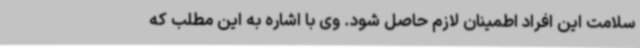
سلامت این افراد اطمینان لازم حاصل شود. وی با اشاره به این مطلب که